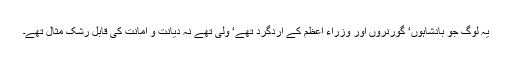
یہ لوگ جو بادشاہوں‘ گورنروں اور وزراء اعظم کے اردگرد تھے‘ ولی تھے نہ دیانت و امانت کی قابلِ رشک مثال تھے۔